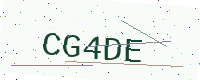
Text: CG4DE